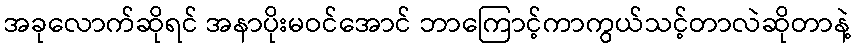
အခုလောက်ဆိုရင် အနာပိုးမဝင်အောင် ဘာကြောင့်ကာကွယ်သင့်တာလဲဆိုတာနဲ့